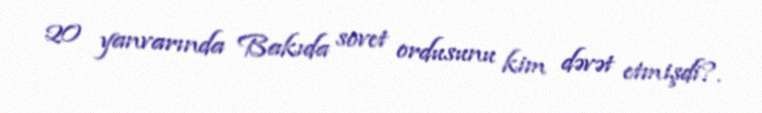
20 yanvarında Bakıda sovet ordusunu kim dəvət etmişdi?.